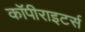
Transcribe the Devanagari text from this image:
कॉपीराइटर्स